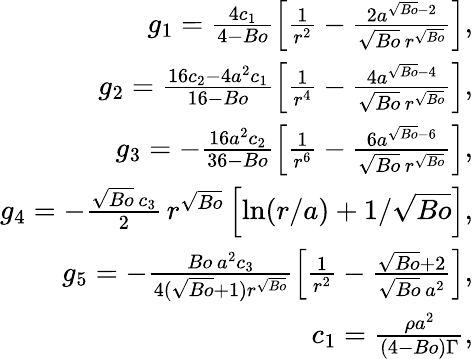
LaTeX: \begin{array}{r}{g_{1}=\frac{4c_{1}}{4-Bo}\left[\frac{1}{r^{2}}-\frac{2a^{\sqrt{Bo}-2}}{\sqrt{Bo}\, r^{\sqrt{Bo}}}\right],}\\ {g_{2}=\frac{16c_{2}-4a^{2}c_{1}}{16-Bo}\left[\frac{1}{r^{4}}-\frac{4a^{\sqrt{Bo}-4}}{\sqrt{Bo}\, r^{\sqrt{Bo}}}\right],}\\ {g_{3}=-\frac{16a^{2}c_{2}}{36-Bo}\left[\frac{1}{r^{6}}-\frac{6a^{\sqrt{Bo}-6}}{\sqrt{Bo}\, r^{\sqrt{Bo}}}\right],}\\ {g_{4}=-\frac{\sqrt{Bo}\, c_{3}}{2}\, r^{\sqrt{Bo}}\left[\textrm{ln}(r/a)+1/\sqrt{Bo}\right],}\\ {g_{5}=-\frac{Bo\, a^{2}c_{3}}{4(\sqrt{Bo}+1)r^{\sqrt{Bo}}}\left[\frac{1}{r^{2}}-\frac{\sqrt{Bo}+2}{\sqrt{Bo}\, a^{2}}\right],}\\ {c_{1}=\frac{\rho{a}^{2}}{(4-Bo)\Gamma},}\end{array}